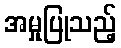
အမှုပြုသည့်